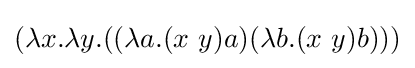
(\lambda x.\lambda y.((\lambda a.(x\ y)a)(\lambda b.(x\ y)b)))